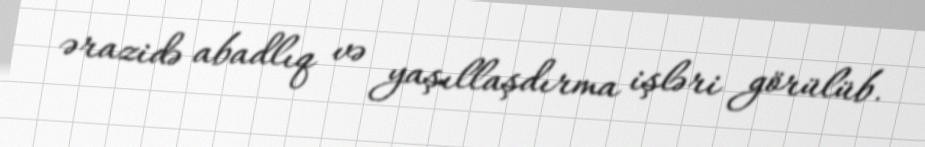
ərazidə abadlıq və yaşıllaşdırma işləri görülüb.